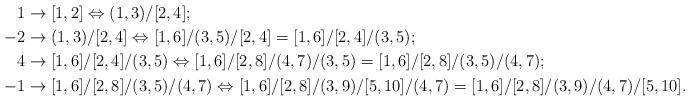
LaTeX: \begin{align*}1&\rightarrow [1,2]\Leftrightarrow (1,3)/[2,4];\\-2&\rightarrow (1,3)/[2,4]\Leftrightarrow [1,6]/(3,5)/[2,4]=[1,6]/[2,4]/(3,5);\\4&\rightarrow [1,6]/[2,4]/(3,5)\Leftrightarrow [1,6]/[2,8]/(4,7)/(3,5)=[1,6]/[2,8]/(3,5)/(4,7);\\-1&\rightarrow [1,6]/[2,8]/(3,5)/(4,7)\Leftrightarrow [1,6]/[2,8]/(3,9)/[5,10]/(4,7)=[1,6]/[2,8]/(3,9)/(4,7)/[5,10].\\\end{align*}